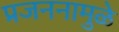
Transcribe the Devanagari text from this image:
प्रजननामुळे